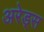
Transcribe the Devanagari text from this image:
अरेड्स